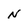
Character: N